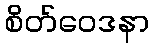
စိတ်ဝေဒနာ